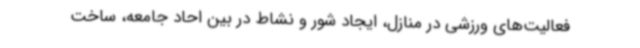
فعالیت‌های ورزشی در منازل، ایجاد شور و نشاط در بین احاد جامعه، ساخت